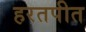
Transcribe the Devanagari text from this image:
हरतपीत